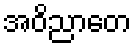
အဝိညာတေ